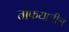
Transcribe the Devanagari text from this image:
ताफयातील